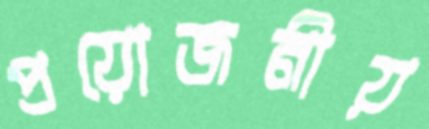
প্রয়োজনীয়